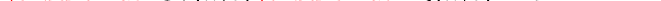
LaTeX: \smash{\ensuremath{C_{\! \! \: \perp}}(k,t)\ensuremath{F_{\! s}}(k,t)\sim e^{-k^{2}\left(\nu+D_{s}\right)\, t}}